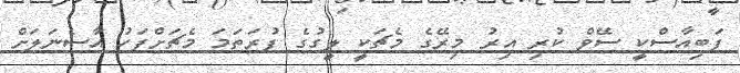
ފަބިއާސްކީ ސޭވް ކުރި އިރު މިރޭގެ މެޗަކީ ލީގުގެ ފުރަތަމަ މެޗަށްފަހު އާސެނަލަށް